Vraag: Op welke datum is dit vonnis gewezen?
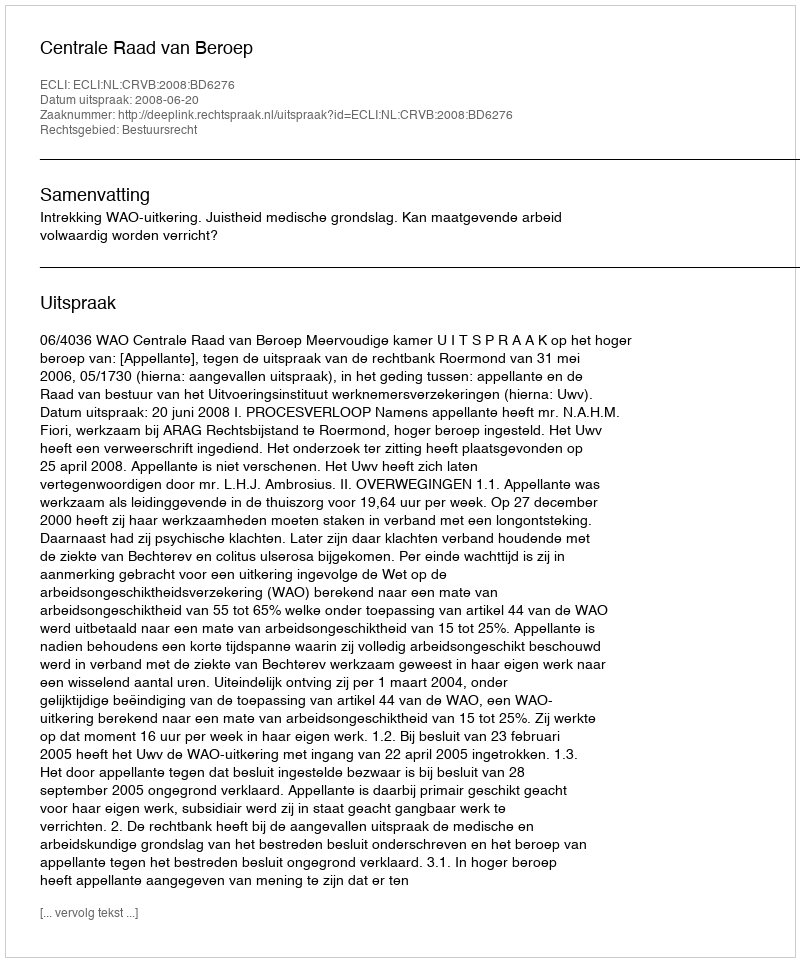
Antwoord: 2008-06-20